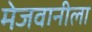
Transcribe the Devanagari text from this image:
मेजवानीला